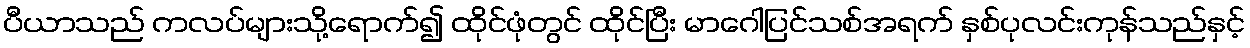
ပီယာသည် ကလပ်များသို့ရောက်၍ ထိုင်ဖုံတွင် ထိုင်ပြီး မာဂေါပြင်သစ်အရက် နှစ်ပုလင်းကုန်သည်နှင့်